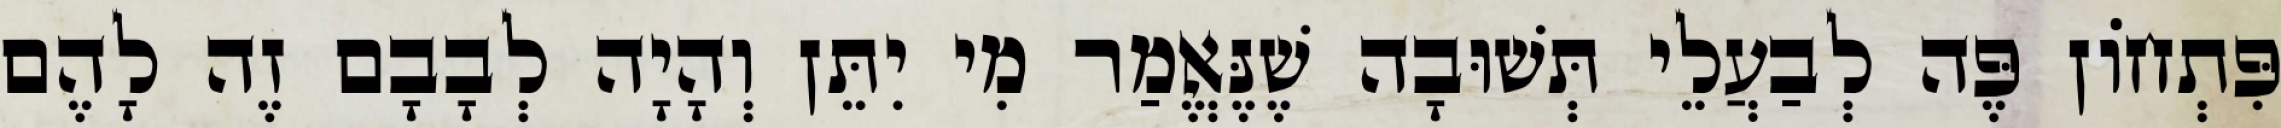
פִּתְחוֹן פֶּה לְבַעֲלֵי תְּשׁוּבָה שֶׁנֶּאֱמַר מִי יִתֵּן וְהָיָה לְבָבָם זֶה לָהֶם